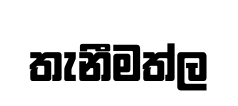
තැනීමත්ල